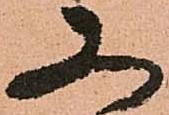
又